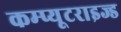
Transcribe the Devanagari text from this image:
कम्प्यूटराइज्ड